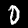
Label: 0